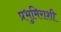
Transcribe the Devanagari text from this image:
प्रभुमिराशी